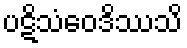
ပဋိသံဝေဒိဿသိ